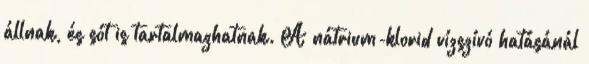
állnak, és sót is tartalmazhatnak. A nátrium-klorid vízszívó hatásánál